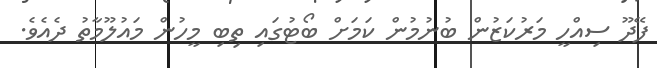
ފޭދޫ ސިއްހީ މަރުކަޒުން ބުނުމުން ކަމަށް ބޯޓުގައި ތިބި މީހުން މައުލޫމާތު ދެއެވެ.